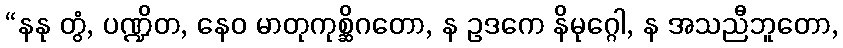
“နနု တွံ, ပဏ္ဍိတ, နေဝ မာတုကုစ္ဆိဂတော, န ဥဒကေ နိမုဂ္ဂေါ, န အသညီဘူတော,